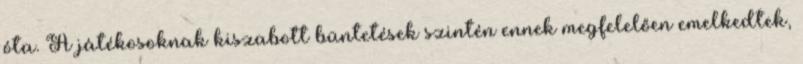
óta. A játékosoknak kiszabott büntetések szintén ennek megfelelően emelkedtek,